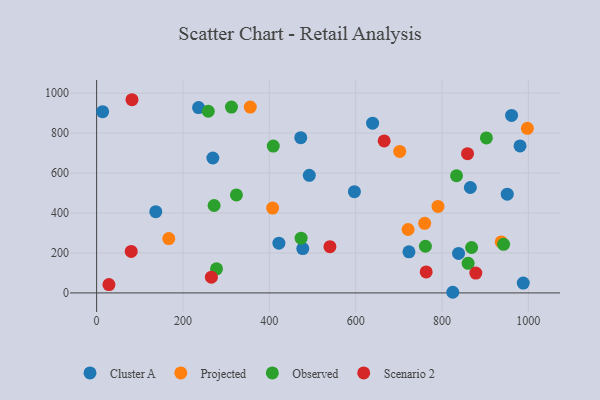
{"axis": {"x": "Experience", "y": "Salary"}, "legend": ["Cluster A", "Observed", "Projected", "Scenario 2"], "data": [{"x": "988.2", "y": 49.4, "type": "Cluster A"}, {"x": "13.9", "y": 907.4, "type": "Cluster A"}, {"x": "951.1", "y": 494.1, "type": "Cluster A"}, {"x": "723.4", "y": 205.9, "type": "Cluster A"}, {"x": "472.8", "y": 777.1, "type": "Cluster A"}, {"x": "269.2", "y": 675.4, "type": "Cluster A"}, {"x": "236.1", "y": 928.0, "type": "Cluster A"}, {"x": "422.2", "y": 248.9, "type": "Cluster A"}, {"x": "137.0", "y": 406.8, "type": "Cluster A"}, {"x": "961.1", "y": 888.5, "type": "Cluster A"}, {"x": "865.6", "y": 527.6, "type": "Cluster A"}, {"x": "597.1", "y": 506.6, "type": "Cluster A"}, {"x": "980.7", "y": 735.9, "type": "Cluster A"}, {"x": "838.3", "y": 197.6, "type": "Cluster A"}, {"x": "824.9", "y": 3.2, "type": "Cluster A"}, {"x": "492.6", "y": 588.5, "type": "Cluster A"}, {"x": "477.5", "y": 221.9, "type": "Cluster A"}, {"x": "639.2", "y": 849.6, "type": "Cluster A"}, {"x": "167.1", "y": 271.9, "type": "Projected"}, {"x": "407.7", "y": 424.9, "type": "Projected"}, {"x": "997.7", "y": 824.1, "type": "Projected"}, {"x": "790.7", "y": 433.2, "type": "Projected"}, {"x": "721.4", "y": 317.5, "type": "Projected"}, {"x": "759.9", "y": 348.4, "type": "Projected"}, {"x": "937.1", "y": 255.4, "type": "Projected"}, {"x": "355.8", "y": 930.5, "type": "Projected"}, {"x": "702.0", "y": 708.5, "type": "Projected"}, {"x": "323.8", "y": 490.6, "type": "Observed"}, {"x": "409.1", "y": 735.0, "type": "Observed"}, {"x": "277.7", "y": 120.8, "type": "Observed"}, {"x": "258.6", "y": 909.3, "type": "Observed"}, {"x": "860.5", "y": 147.9, "type": "Observed"}, {"x": "868.5", "y": 227.3, "type": "Observed"}, {"x": "272.1", "y": 437.7, "type": "Observed"}, {"x": "942.6", "y": 243.4, "type": "Observed"}, {"x": "312.3", "y": 930.2, "type": "Observed"}, {"x": "902.8", "y": 775.9, "type": "Observed"}, {"x": "473.6", "y": 274.0, "type": "Observed"}, {"x": "761.5", "y": 233.6, "type": "Observed"}, {"x": "833.6", "y": 586.4, "type": "Observed"}, {"x": "859.1", "y": 696.9, "type": "Scenario 2"}, {"x": "80.1", "y": 207.9, "type": "Scenario 2"}, {"x": "878.3", "y": 99.2, "type": "Scenario 2"}, {"x": "81.9", "y": 967.1, "type": "Scenario 2"}, {"x": "265.8", "y": 78.9, "type": "Scenario 2"}, {"x": "540.4", "y": 231.3, "type": "Scenario 2"}, {"x": "666.0", "y": 760.8, "type": "Scenario 2"}, {"x": "763.3", "y": 105.2, "type": "Scenario 2"}, {"x": "28.5", "y": 41.6, "type": "Scenario 2"}]}